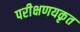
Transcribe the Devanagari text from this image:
परीक्षणयकृत